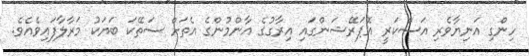
ހިންގި އަނިޔާވެރި އަސްކަރީ އޮޕަރޭޝަންގައި އިރާގުގެ އާންމުންގެ އެތަށް ސަތޭކަ ބަޔަކު މަރާލާފައިވެއެވެ.